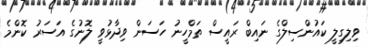
ވިލިގިލީ ކައުންސިލްގެ ނައިބް ރައީސް ތަމްހީނު ހަސަން ވިދާޅުވީ ލޮނުގެ އަސަރު ކޮންމެ